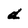
Character: d